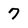
Character: 7